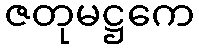
ဇတုမဋ္ဌကေ